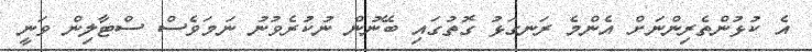
އެ ކުޅުންތެރިންނަށް އެންމެ ރަނގަޅު ގޮތުގައި ބޭނުން ނުކުރެވުނު ނަމަވެސް ސްޓާލިން ވަނީ